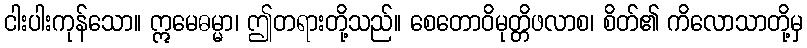
ငါးပါးကုန်သော။ ဣမေဓမ္မာ၊ ဤတရားတို့သည်။ စေတောဝိမုတ္တိဖလာစ၊ စိတ်၏ ကိလောသာတို့မှ